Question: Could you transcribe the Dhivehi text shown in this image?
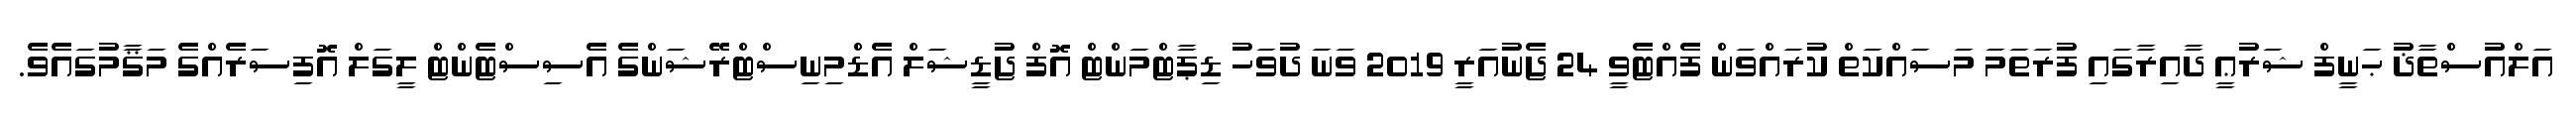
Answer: އަލްއުސްތާޛު ޙަނީފް ޝަރުޢީ ދާއިރާގައި ފުރަތަމަ މަސައްކަތް ކުރައްވަން ފެއްޓެވީ 24 ޖެނުއަރީ 2019 ވަނަ ދުވަހު ޑިޕާޓްމަންޓް އޮފް ޖުޑީޝަލް އެޑްމިނިސްޓްރޭޝަންގެ އެސިސްޓެންޓް ލީގަލް އޮފިސަރެއްގެ މަޤާމުގައެވެ.